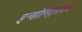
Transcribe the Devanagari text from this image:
इन्डोमिट्रोसिस